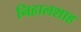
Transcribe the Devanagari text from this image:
निहालशाह